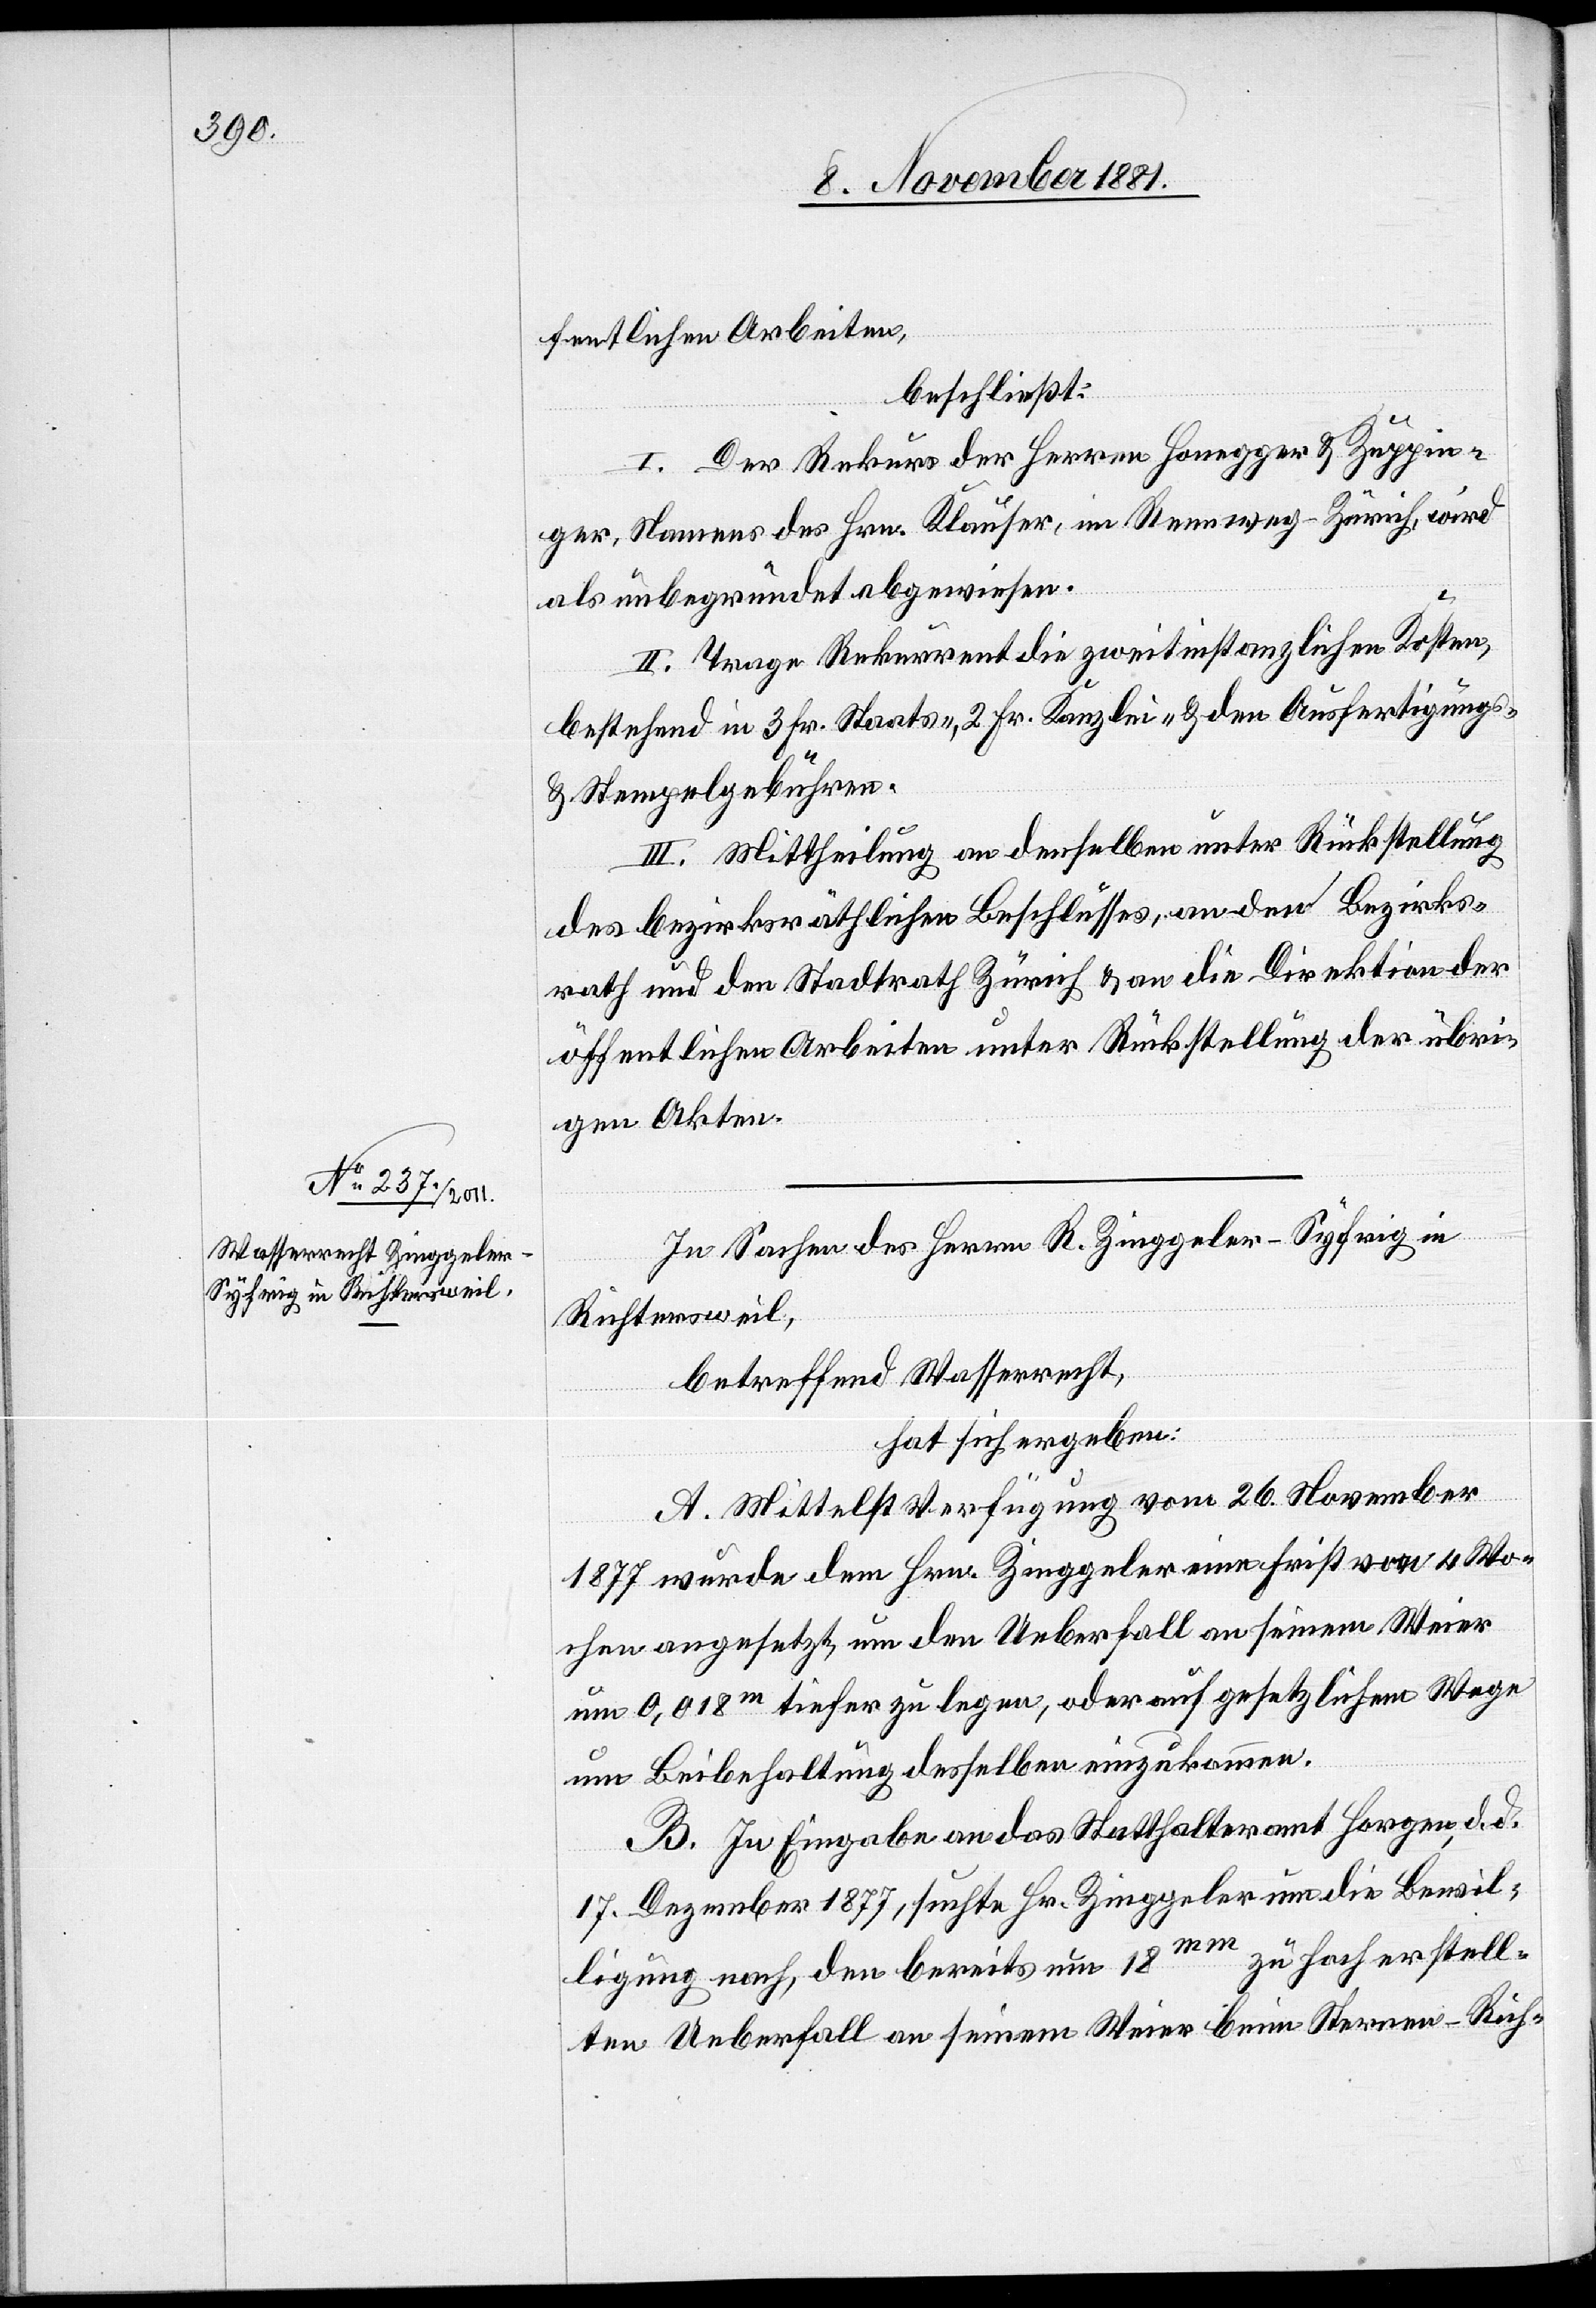
fentlichen Arbeiten,
beschließt:
I. Der Rekurs der Herren Honegger & Zuppin¬
ger, Namens des Hrn. Klauser, im Rennweg - Zürich, wird
als unbegründet abgewiesen.
II. Trage Rekurrent die zweitinstanzlichen Kosten,
bestehend in 3 Frk. Staats-, 2 Fr. Kanzlei- & den Ausfertigungs-
& Stempelgebühren.
III. Mittheilung an denselben unter Rückstellung
des bezirksräthlichen Beschlusses, an den Bezirks¬
rath und den Stadtrath Zürich & an die Direktion der
öffentlichen Arbeiten unter Rückstellung der übri¬
gen Akten.
In Sachen des Herrn R. Zinggeler-Syfrig in
Richtersweil,
betreffend Wasserrecht,
hat sich ergeben:
A. Mittelst Verfügung vom 26. November
1877 wurde dem Hrn. Zinggeler eine Frist von 4 Wo¬
chen angesetzt, um den Ueberfall an seinem Weier
um 0,018m tiefer zu legen, oder auf gesetzlichem Wege
um Beibehaltung desselben einzukommen.
B. In Eingabe an das Statthalteramt Horgen d. d.
17. Dezember 1877, suchte Hr. Zinggeler um die Bewil¬
zu hoch erstell¬
ligung nach, den bereits um 18mm
ten Ueberfall an seinem Weier beim Sterren - Rich-